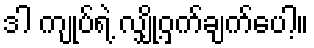
ဒါ ကျုပ်ရဲ့ လျှို့ဝှက်ချက်ပေါ့။